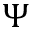
\Psi